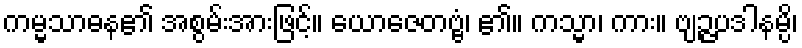
ကမ္မသာဓန၏ အစွမ်းအားဖြင့်။ ယောဇေတဗ္ဗံ၊ ၏။ ကသ္မာ၊ ကား။ ဗျဉ္ဇပဒါနမ္ပိ၊